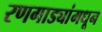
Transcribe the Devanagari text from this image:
रणगाड्यांमधून